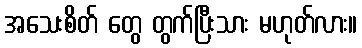
အသေးစိတ် တွေ တွက်ပြီးသား မဟုတ်လား။